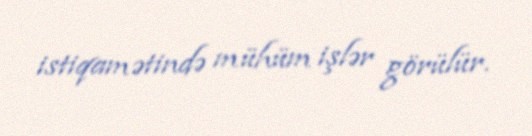
istiqamətində mühüm işlər görülür.